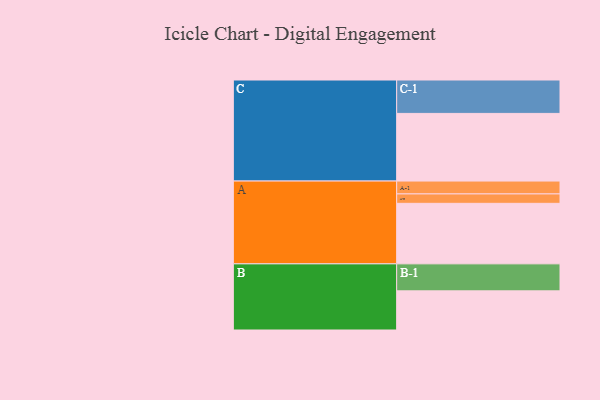
{"axis": {"x": "Segment", "y": "Value"}, "legend": ["", "A", "B", "C"], "data": [{"x": "A", "y": 527, "type": ""}, {"x": "B", "y": 341, "type": ""}, {"x": "C", "y": 589, "type": ""}, {"x": "A-1", "y": 112, "type": "A"}, {"x": "A-2", "y": 82, "type": "A"}, {"x": "B-1", "y": 235, "type": "B"}, {"x": "C-1", "y": 291, "type": "C"}]}